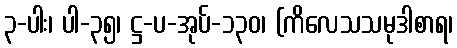
၃-ပါး၊ ပါ-၃၅၊ ဋ္ဌ-ပ-အုပ်-၁၃၀၊ (ကိလေသသမုဒါစာရ၊